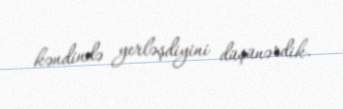
kəndində yerləşdiyini düşünərdik.